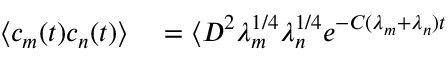
\begin{array} { r l } { \langle c _ { m } ( t ) c _ { n } ( t ) \rangle } & { { } = \langle D ^ { 2 } \lambda _ { m } ^ { 1 / 4 } \lambda _ { n } ^ { 1 / 4 } e ^ { - C ( \lambda _ { m } + \lambda _ { n } ) t } } \end{array}